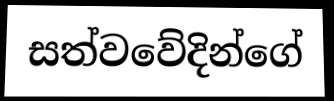
සත්වවේදින්ගේ